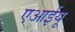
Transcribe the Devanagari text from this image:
एआईयू